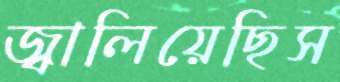
জ্বালিয়েছিস